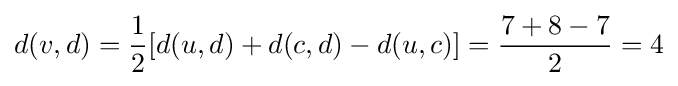
d(v,d)={\frac {1}{2}}[d(u,d)+d(c,d)-d(u,c)]={\frac {7+8-7}{2}}=4